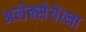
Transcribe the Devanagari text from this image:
अलेक्सेयेव्ना